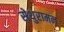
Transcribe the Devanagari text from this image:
सेथुरामन